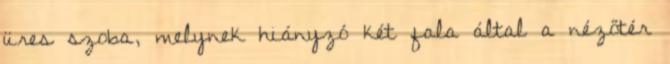
üres szoba, melynek hiányzó két fala által a nézőtér